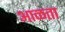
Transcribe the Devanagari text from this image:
आळता